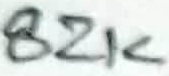
Text: 82K